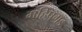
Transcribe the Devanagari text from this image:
महिषगड